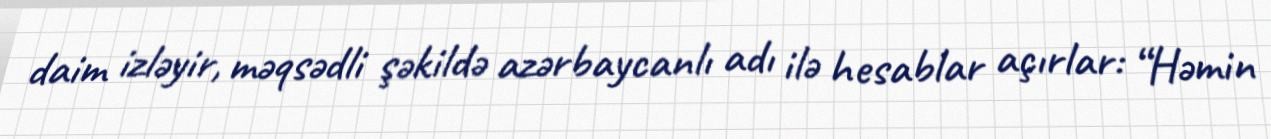
daim izləyir, məqsədli şəkildə azərbaycanlı adı ilə hesablar açırlar: “Həmin